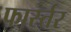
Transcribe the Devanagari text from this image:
फार्स्तर